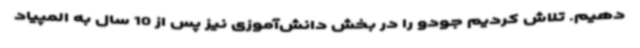
دهیم. تلاش کردیم جودو را در بخش دانش‌آموزی نیز پس از 10 سال به المپیاد